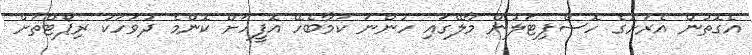
އެގޮތުން އެރަށުގެ ހޮސްޕިޓަލުން މާލޭގައި ހުންނަ ކަމާބެހޭ އޮފީހަށް ކޮންމެ ދުވަހަކު ރިޕޯޓްތަށް